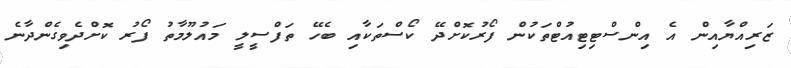
ޒަރިއްޔާއިން އެ އިންސްޓިޓިއުޓްތަކުން ފޯރުކޮށްދޭ ކޯސްތަކާއި ބެހޭ ތަފްސީލީ މައުލޫމާތު ފޯރު ކޮށްދެވިގެންދާނެ